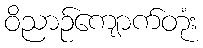
ဝိညာဉ်ကျောက်တုံး